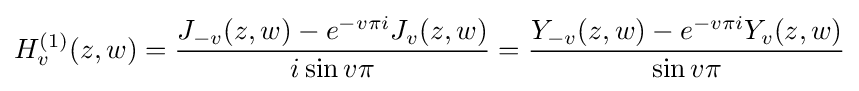
H_{v}^{(1)}(z,w)={\dfrac {J_{-v}(z,w)-e^{-v\pi i}J_{v}(z,w)}{i\sin v\pi }}={\dfrac {Y_{-v}(z,w)-e^{-v\pi i}Y_{v}(z,w)}{\sin v\pi }}